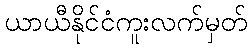
ယာယီနိုင်ငံကူးလက်မှတ်